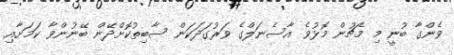
ވެންގާ ބުނީ މި މެޗުން މޮޅުވެ އާސެނަލްގެ ވަރުގަދަކަން ސާބިތުކޮށްދޭން ބޭނުންވާ ކަމަށާއި